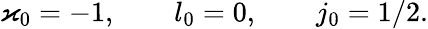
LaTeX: \varkappa_{0}=-1,\qquad l_{0}=0,\qquad j_{0}=1/2.